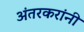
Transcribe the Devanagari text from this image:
अंतरकरांनी